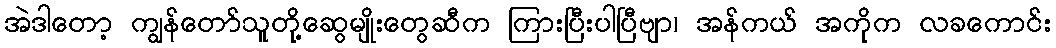
အဲဒါတော့ ကျွန်တော်သူတို့ဆွေမျိုးတွေဆီက ကြားပြီးပါပြီဗျာ၊ အန်ကယ် အကိုက လခကောင်း